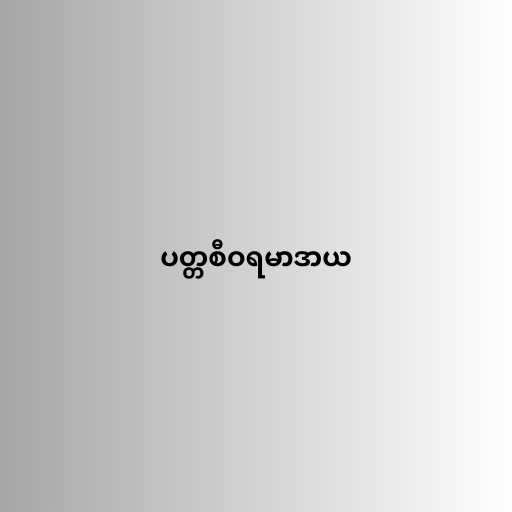
ပတ္တစီဝရမာဒာယ